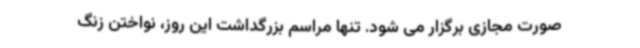
صورت مجازی برگزار می شود. تنها مراسم بزرگداشت این روز، نواختن زنگ